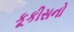
કૂકીસનો